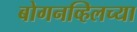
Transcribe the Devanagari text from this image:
बोगनव्हिलच्या